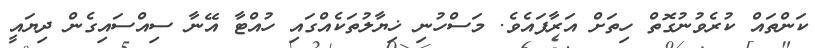
ކަންތައް ކުރެވުނުގޮތް ހިތަށް އަރާފައެވެ. މަސްހުނި ޚިޔާލުތަކެއްގައި ހުއްޓާ އޭނާ ސިއްސައިގެން ދިޔައީ